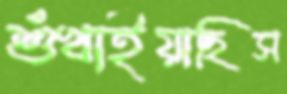
শুঁখাইয়াছিস